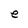
Character: e